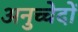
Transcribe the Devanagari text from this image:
अनुच्चेदों